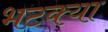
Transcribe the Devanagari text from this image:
भटक्‍या